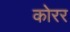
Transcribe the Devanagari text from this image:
कोरर